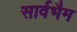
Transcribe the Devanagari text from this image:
सार्वभैम